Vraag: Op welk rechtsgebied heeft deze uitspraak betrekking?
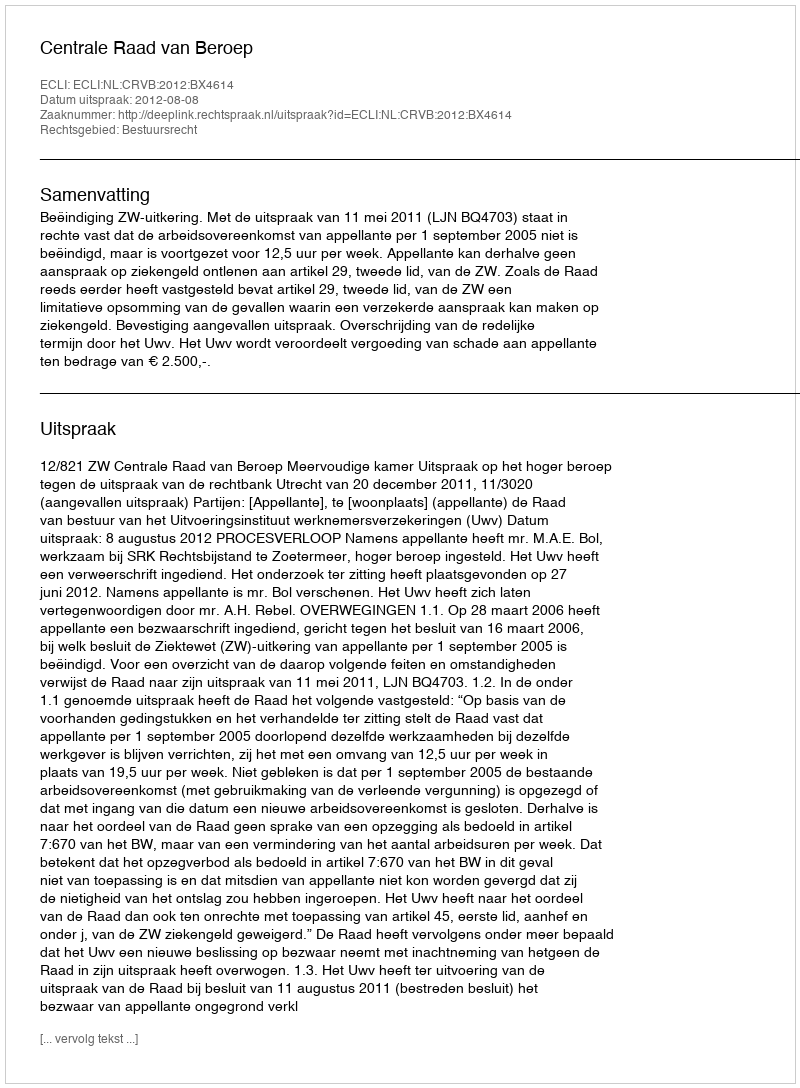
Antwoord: Bestuursrecht